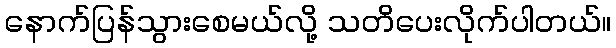
နောက်ပြန်သွားစေမယ်လို့ သတိပေးလိုက်ပါတယ်။